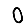
Digit: 0